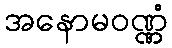
အနောမဝဏ္ဏံ